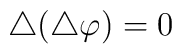
\bigtriangleup (\bigtriangleup \varphi )=0